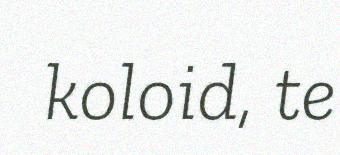
koloid, te